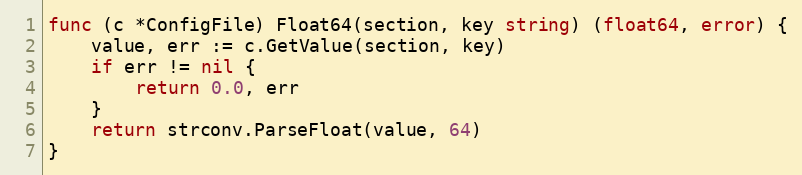
Language: Go
func (c *ConfigFile) Float64(section, key string) (float64, error) {
	value, err := c.GetValue(section, key)
	if err != nil {
		return 0.0, err
	}
	return strconv.ParseFloat(value, 64)
}